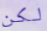
لكن